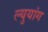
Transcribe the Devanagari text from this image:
ल्युयांग